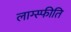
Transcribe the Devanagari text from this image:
लाग्स्फीति